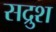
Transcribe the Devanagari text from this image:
सद्रुश